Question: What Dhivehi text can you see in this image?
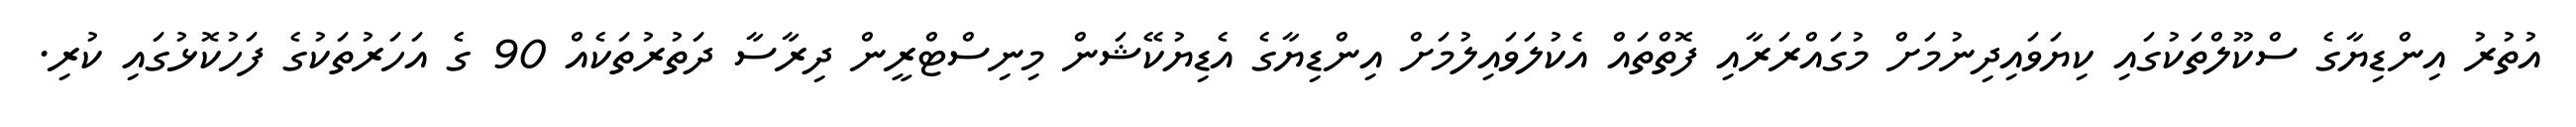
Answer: އުތުރު އިންޑިޔާގެ ސްކޫލްތަކުގައި ކިޔަވައިދިނުމަށް މުގައްރަރާއި ފޮތްތައް އެކުލަވައިލުމަށް އިންޑިޔާގެ އެޑިޔުކޭޝަން މިނިސްޓްރީން ދިރާސާ ދަތުރުތަކެއް 90 ގެ އަހަރުތަކުގެ ފަހުކޮޅުގައި ކުރި.